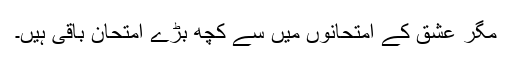
مگر عشق کے امتحانوں میں سے کچھ بڑے امتحان باقی ہیں۔